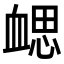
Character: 𧗂